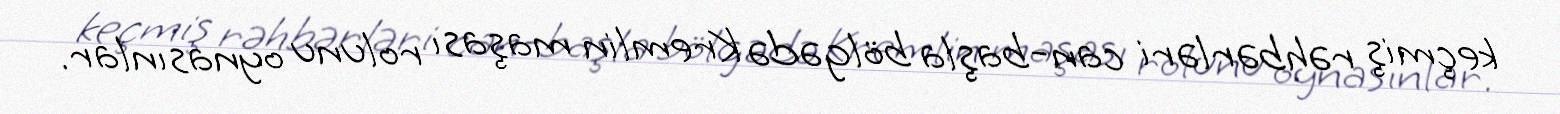
keçmiş rəhbərləri can-başla bölgədə Kremlin maşası rolunu oynasınlar.